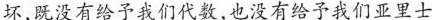
坏，既没有给予我们代数，也没有给予我们亚里士